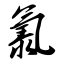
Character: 氯